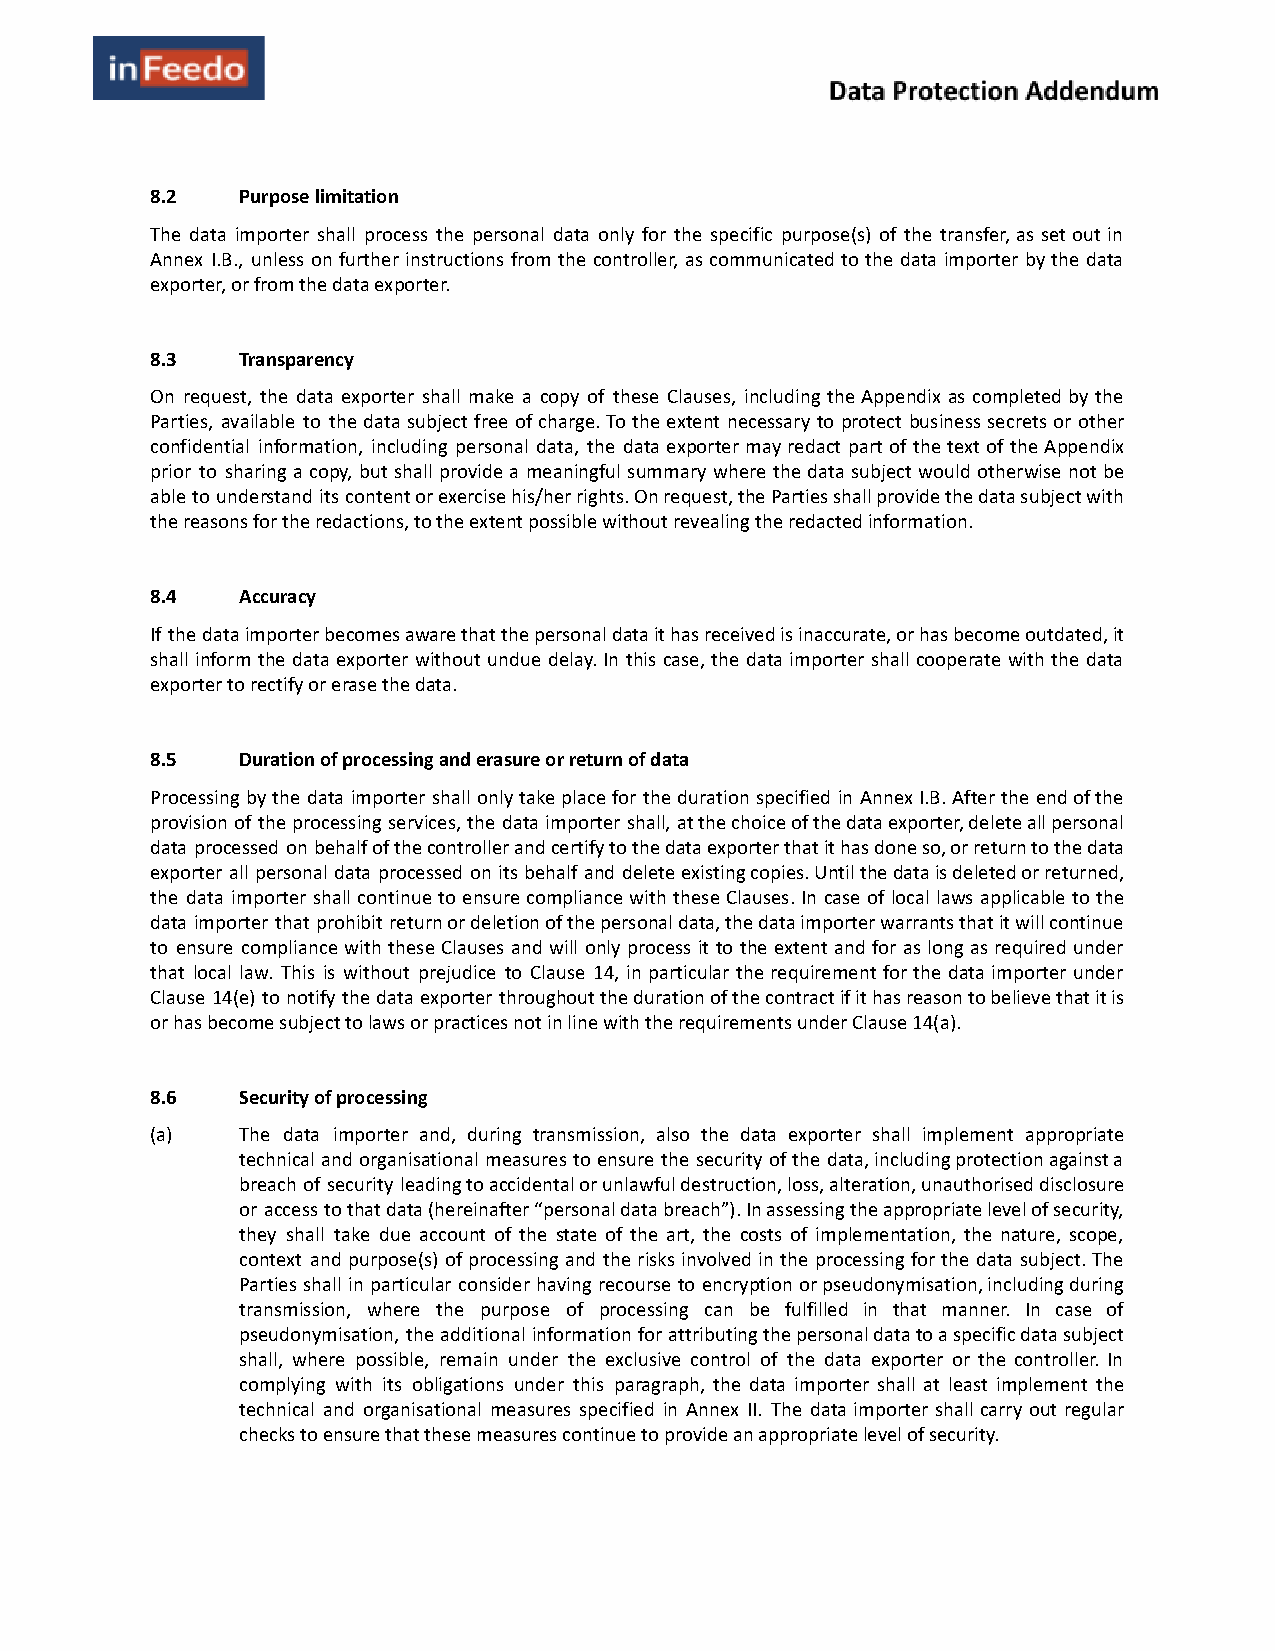
8.2   Purpose limitation
 The data importer shall process the personal data only for the specific purpose(s) of the transfer, as set out in
 Annex I.B., unless on further instructions from the controller, as communicated to the data importer by the data
 exporter, or from the data exporter.
 8.3   Transparency
 On request, the data exporter shall make a copy of these Clauses, including the Appendix as completed by the
 Parties, available to the data subject free of charge. To the extent necessary to protect business secrets or other
 confidential information, including personal data, the data exporter may redact part of the text of the Appendix
 prior to sharing a copy, but shall provide a meaningful summary where the data subject would otherwise not be
 able to understand its content or exercise his/her rights. On request, the Parties shall provide the data subject with
 the reasons for the redactions, to the extent possible without revealing the redacted information.
 8.4   Accuracy
 If the data importer becomes aware that the personal data it has received is inaccurate, or has become outdated, it
 shall inform the data exporter without undue delay. In this case, the data importer shall cooperate with the data
 exporter to rectify or erase the data.
 8.5   Duration of processing and erasure or return of data
 Processing by the data importer shall only take place for the duration specified in Annex I.B. After the end of the
 provision of the processing services, the data importer shall, at the choice of the data exporter, delete all personal
 data processed on behalf of the controller and certify to the data exporter that it has done so, or return to the data
 exporter all personal data processed on its behalf and delete existing copies. Until the data is deleted or returned,
 the data importer shall continue to ensure compliance with these Clauses. In case of local laws applicable to the
 data importer that prohibit return or deletion of the personal data, the data importer warrants that it will continue
 to ensure compliance with these Clauses and will only process it to the extent and for as long as required under
 that local law. This is without prejudice to Clause 14, in particular the requirement for the data importer under
 Clause 14(e) to notify the data exporter throughout the duration of the contract if it has reason to believe that it is
 or has become subject to laws or practices not in line with the requirements under Clause 14(a).
 8.6   Security of processing
 (a)   The data importer and, during transmission, also the data exporter shall implement appropriate
 technical and organisational measures to ensure the security of the data, including protection against a
 breach of security leading to accidental or unlawful destruction, loss, alteration, unauthorised disclosure
 or access to that data (hereinafter “personal data breach”). In assessing the appropriate level of security,
 they shall take due account of the state of the art, the costs of implementation, the nature, scope,
 context and purpose(s) of processing and the risks involved in the processing for the data subject. The
 Parties shall in particular consider having recourse to encryption or pseudonymisation, including during
 transmission, where the purpose of processing can be fulfilled in that manner. In case of
 pseudonymisation, the additional information for attributing the personal data to a specific data subject
 shall, where possible, remain under the exclusive control of the data exporter or the controller. In
 complying with its obligations under this paragraph, the data importer shall at least implement the
 technical and organisational measures specified in Annex II. The data importer shall carry out regular
 checks to ensure that these measures continue to provide an appropriate level of security.